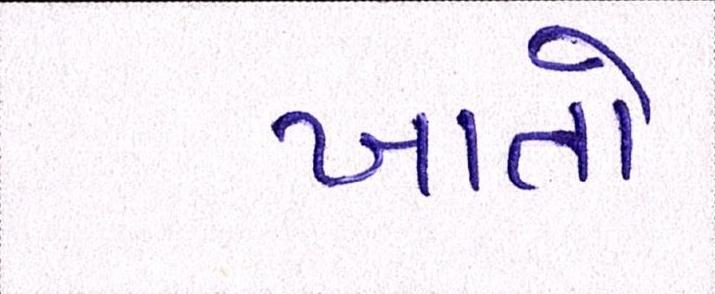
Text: ખાતો